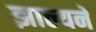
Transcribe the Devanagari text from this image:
झाल्यने